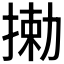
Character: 𫽘